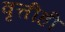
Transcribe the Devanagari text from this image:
वृत्तीही